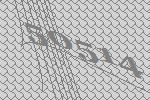
50514